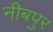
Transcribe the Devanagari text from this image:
नीबपुर